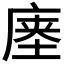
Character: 𰏽